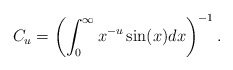
\begin{align*}C_{u}= \left( \int_{0}^{\infty} x^{-u} \sin (x)dx \right)^{-1}.\end{align*}